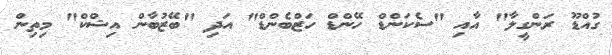
ގުއްޑޫ ރަންގީލާ" އާއި "ސެކަންޑް ހޭންޑް ހަޒްބެންޑް" އަދި "ބޭޒުބާން އިޝްކް" މިތިން